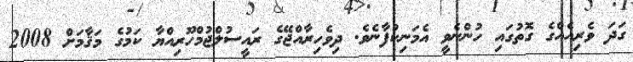
ގަދަ ވެރިއެއްގެ ގޮތުގައި ހުންނެވީ އެމަނިކުފާނެވެ. ދިވެހިރާއްޖޭގެ ރައީސުލްޖުމްހޫރިއްޔާ ކަމުގެ މަޤާމަށް 2008